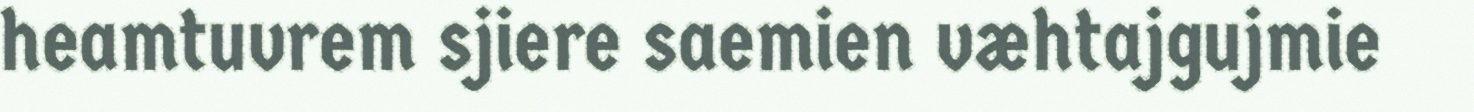
heamtuvrem sjiere saemien væhtajgujmie